Indian journal of veterinary science and animal husbandry - Volumes 15-17, 1948-1951
Year: 1948
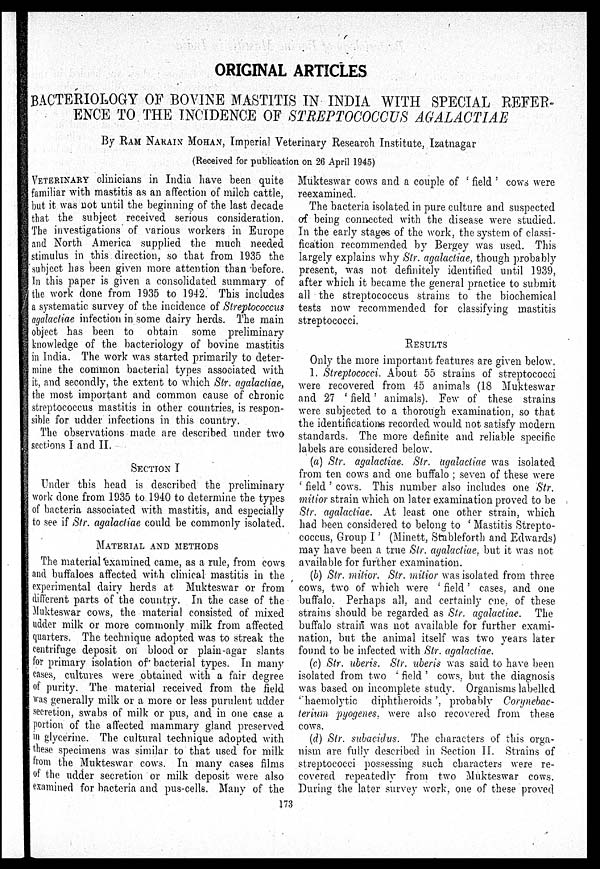
ORIGINAL ARTICLES
BACTERIOLOGY OF BOVINE MASTITIS IN INDIA WITH SPECIAL REFER-
ENCE TO THE INCIDENCE OF STREPTOCOCCUS AGALACTIAE
By RAM NARAIN MOHAN, Imperial Veterinary Research Institute, Izatnagar
(Received for publication on 26 April 1945)
VETERINARY clinicians in India have been quite
familiar with mastitis as an affection of milch cattle,
but it was not until the beginning of the last decade
that the subject received serious consideration.
The investigations of various workers in Europe
and North America supplied the much needed
stimulus in this direction, so that from 1935 the
subject has been given more attention than before.
In this paper is given a consolidated summary of
the work done from 1935 to 1942. This includes
a systematic survey of the incidence of Streptococcus
agalactiae infection in some dairy herds. The main
object has been to obtain some preliminary
knowledge of the bacteriology of bovine mastitis
in India. The work was started primarily to deter-
mine the common bacterial types associated with
it, and secondly, the extent to which Str. agalactiae,
the most important and common cause of chronic
streptococcus mastitis in other countries, is respon-
sible for udder infections in this country.
The. observations made are described under two
sections I and II.
SECTION I
Under this head is described the preliminary
work done from 1935 to 1940 to determine the types
of bacteria associated with mastitis, and especially
to see if Str. agalactiae could be commonly isolated.
MATERIAL AND METHODS
The material examined came, as a rule, from cows
and buffaloes affected with clinical mastitis in the
experimental dairy herds at Mukteswar or from
different parts of the country. In the case of the
Mukteswar cows, the material consisted of mixed
udder milk or more commonly milk from affected
quarters. The technique adopted was to streak the
centrifuge deposit on blood or plain-agar slants
for primary isolation of bacterial types. In many
cases, cultures were obtained with a fair degree
of purity. The material received from the field
was generally milk or a more or less purulent udder
secretion, swabs of milk or pus, and in one case a
portion of the affected mammary gland preserved
in glycerine. The cultural technique adopted with
these specimens was similar to that used for milk
from the Mukteswar cows. In many cases films
of the udder secretion or milk deposit were also
examined for bacteria and pus-cells. Many of the
Mukteswar cows and a couple of ' field ' cows were
reexamined.
The bacteria isolated in pure culture and suspected
of being connected with the disease were studied.
In the early stages of the work, the system of classi-
fication recommended by Bergey was used. This
largely explains why Str. agalactiae, though probably
present, was not definitely identified until 1939,
after which it became the general practice to submit
all the streptococcus strains to the biochemical
tests now recommended for classifying mastitis
streptococci.
RESULTS
Only the more important features are given below.
1. Streptococci. About 55 strains of streptococci
were recovered from 45 animals (18 Mukteswar
and 27 ' field' animals). Few of these strains
were subjected to a thorough examination, so that
the identifications recorded would not satisfy modern
standards. The more definite and reliable specific
labels are considered below.
(a) Str. agalactiae. Str. agalactiae was isolated
from ten cows and one buffalo ; seven of these were
' field ' cows. This number also includes one Str.
mitior strain which on later examination proved to be
Str. agalactiae. At least one other strain, which
had been considered to belong to ' Mastitis Strepto-
coccus, Group I ' (Minett, Stableforth and Edwards)
may have been a true Str. agalactiae. but it was not
available for further examination.
(b) Str. mitior. Str. mitior was isolated from three
cows, two of which were ' field ' cases, and one
buffalo. Perhaps all, and certainly one of these
strains should be regarded as Str. agalactiae. The
buffalo strain was not available for further exami-
nation, but the animal itself was two years later
found to be infected with Str. agalactiae.
(c) Str. uberis. Str. uberis was said to have been
isolated from two ' field ' cows, but the diagnosis
was based on incomplete study. Organisms labelled
'haemolytic
diphtheroids ', probably Corynebac-
terium pyogenes, were also recovered from these
cows.
(d) Str. subacidus. The characters of this orga-
nism are fully described in Section II. Strains of
streptococci possessing such characters were re-
covered repeatedly from two Mukteswar cows.
During the later survey work, one of these proved
173